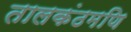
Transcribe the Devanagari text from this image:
तालकंठमणि